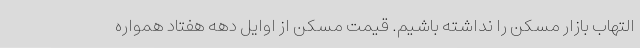
التهاب بازار مسکن را نداشته باشیم. قیمت مسکن از اوایل دهه هفتاد همواره